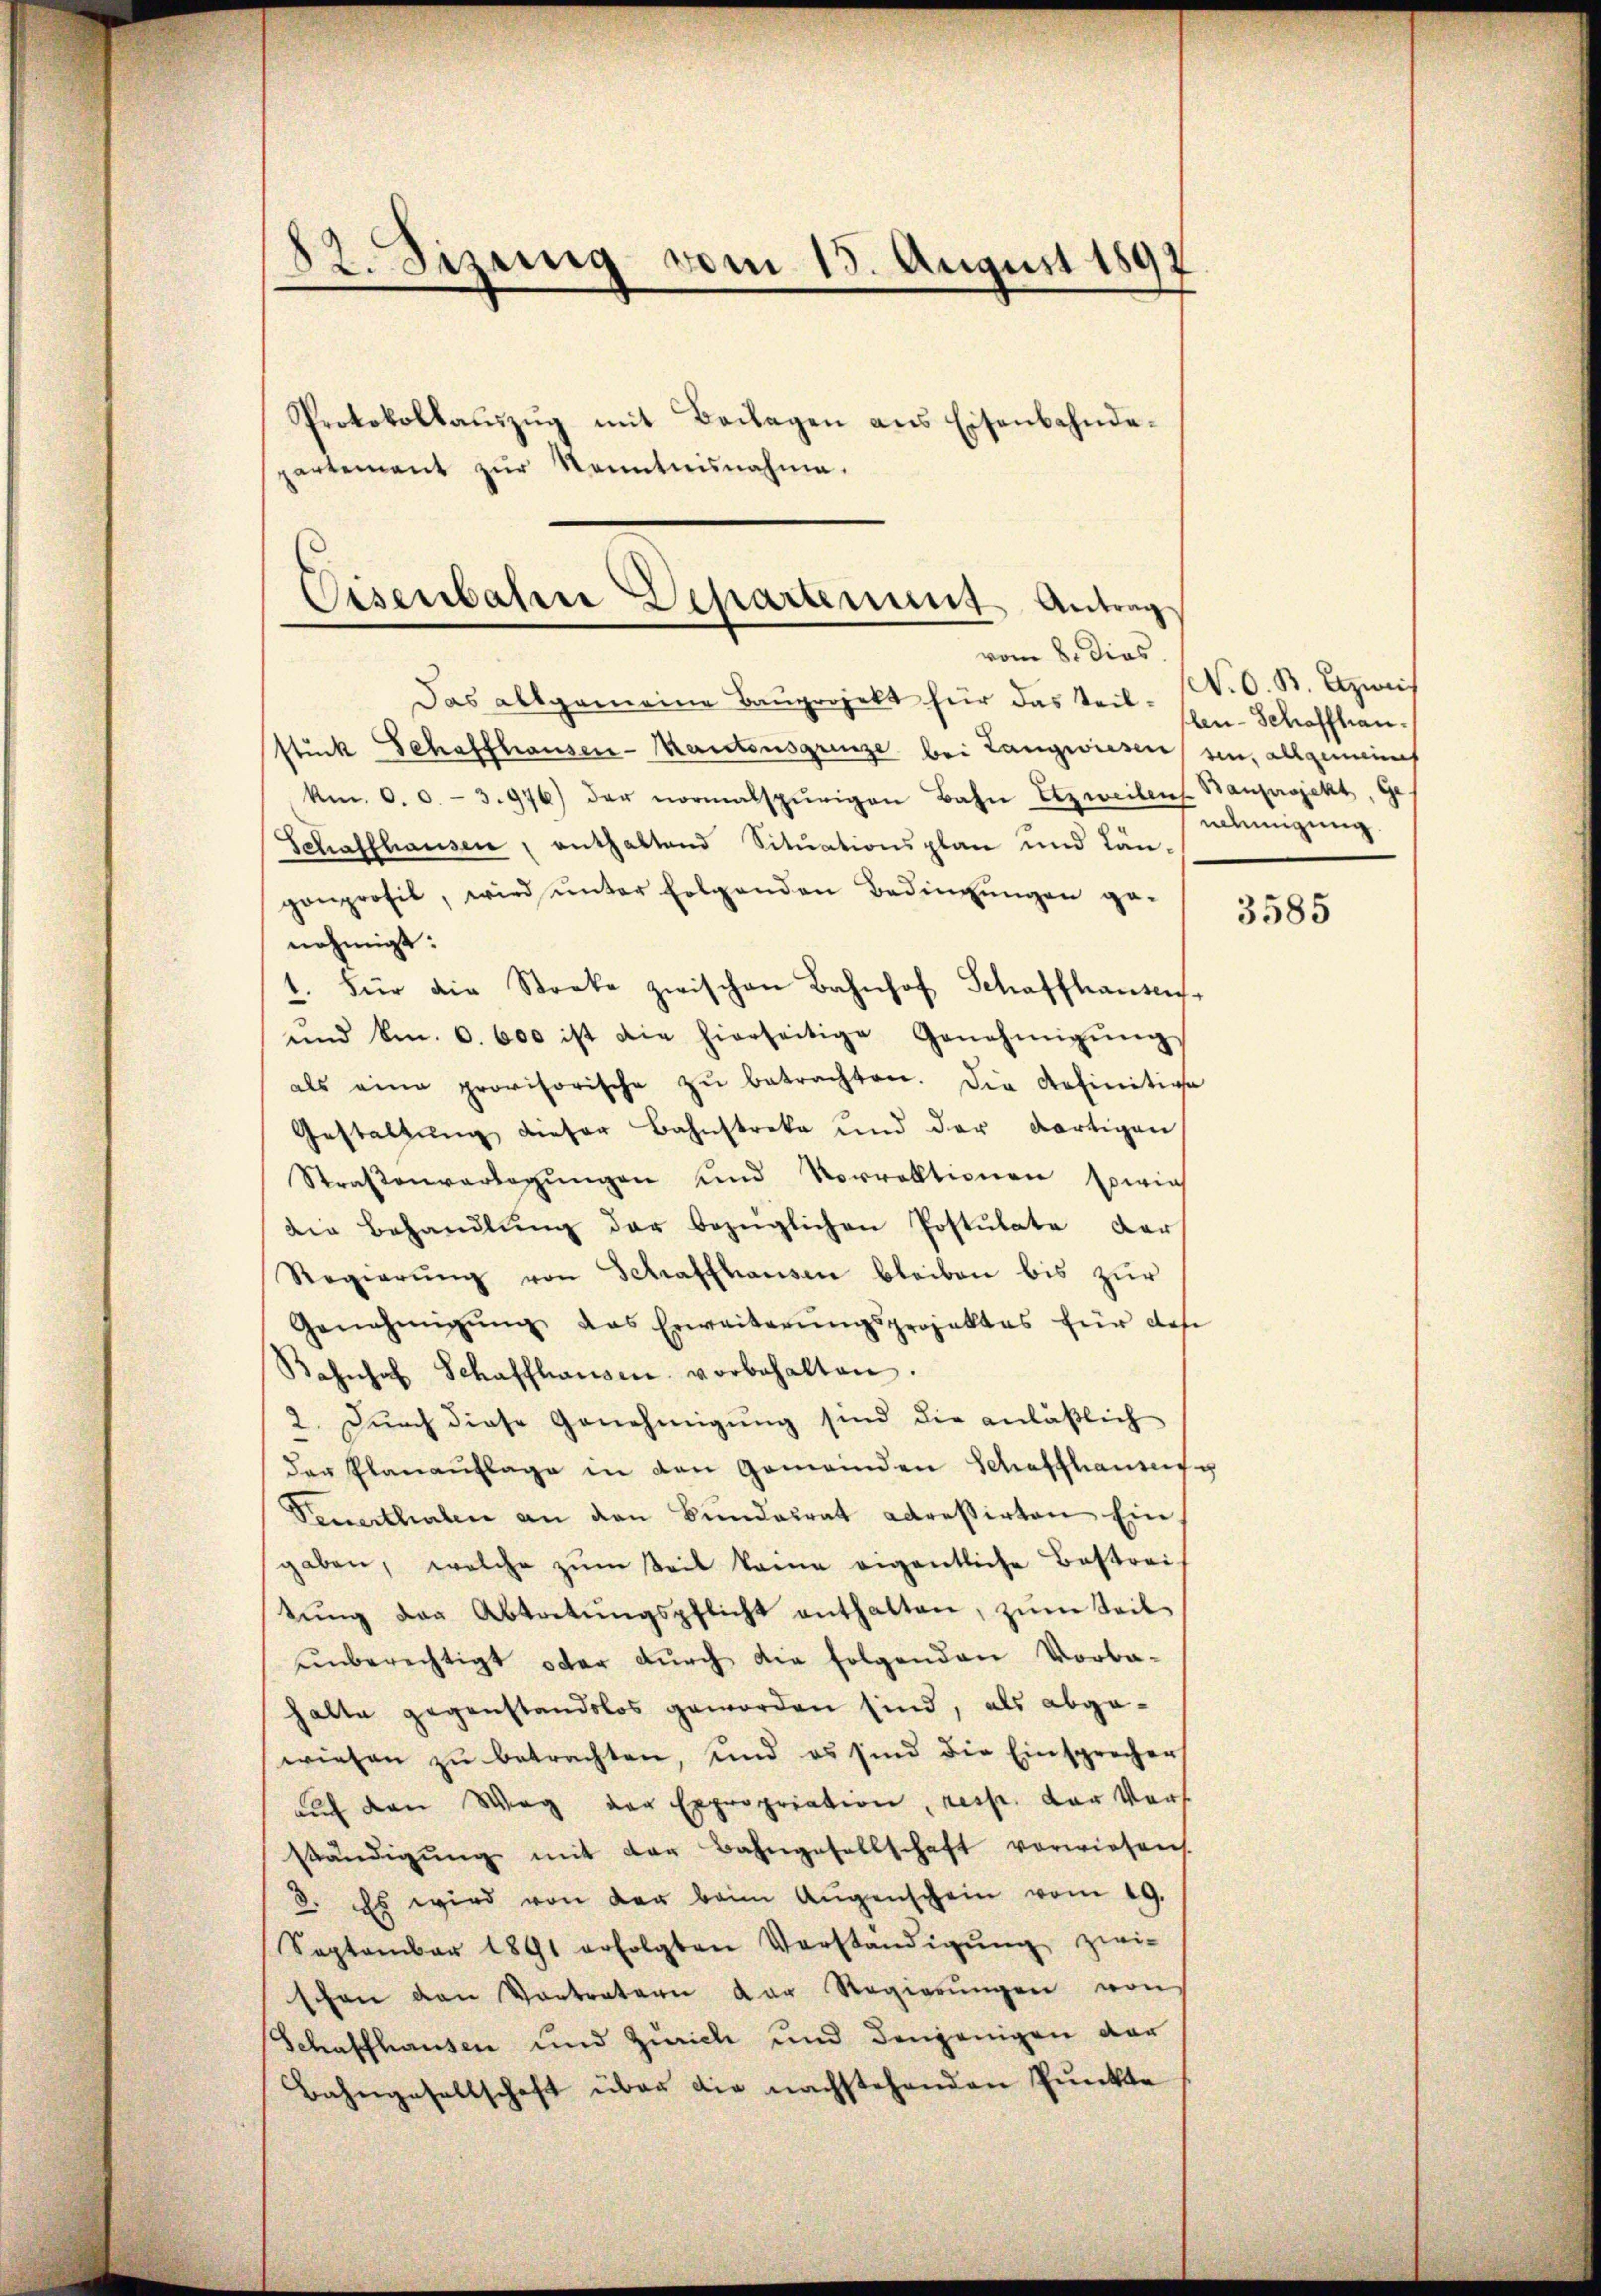
.
Bizung vom 15. August 1897

Protokollaŭszŭg mit Beilagen ans Eisenbahnde-
partement zŭr Kenntnisnahme.

Eisenbahre Departement Antrag
vom 8. Dies.

Das allgemeine Bauprojekt für das Teil-
stück Schaffhausen-Kantonsgrenze bei Langwiesen ein, allgemeines
km. 0. 0.- 3.976) der normalspurigen Bahn Etzweitens Bauprojekt, Ge
Schaffhausen, enthaltend Situationsplan und Längenprofit, wird ŭnter folgenden Bedingungen ge-
nehmigt:
1. Für die Streke zwischen Bahnhof Schaffhausen,
und kn. 6. 600 ist die hierseitige Genehmigŭng
als eine provisorische zŭ betrachten. Die definitive
Gestaltung dieser Bahnstreke und der dortigen
Straßenverlegŭngen und Vorrektionen sowie
die Behandlŭng der bezüglichen Postulate der
Regierŭng von Schaffhausen bleiben bis zŭr
Genehmigŭng das Erweiterŭngsprojektes für des
Bahnhof Schaffhausen vorbehalten.
2. Durch diese Genehmigŭng sind die anläßlich
der Planaŭflage in den Gemeinden Schaffhausen
Feuerthalen an den Bundesrat adressirten Ein
gaben, welche zŭm teil kame eigentliche Bestrei
tŭng der Abtretŭngspflicht enthalten, zŭm Seil
unberechtigt oder durch die folgenden Vorba-
halte gegenstandslos geworden sind, als abgewiesen zŭ betrachten, und es sind die Einsprecher
aŭf den Weg der Expropriation, resp. der Vors
ständigŭng mit der Bahngesellschaft vorwiesen.
8. Es wird von der beim Augenschein vom 19.
September 1891 erfolgten Vorständigŭng zwi-
schen den Vortretern der Regierŭngen von
Schaffhausen und Zürich und denjenigen dar
Bahngesellschaft über die nachstehenden Punkte

N. O. B. zweis
len-Schaffhau
nehmigung.

3585